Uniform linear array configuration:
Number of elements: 24
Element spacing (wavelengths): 0.5
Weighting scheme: exponential
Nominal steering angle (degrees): -30
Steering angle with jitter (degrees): -28.667
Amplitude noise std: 0.05
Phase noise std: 0.05

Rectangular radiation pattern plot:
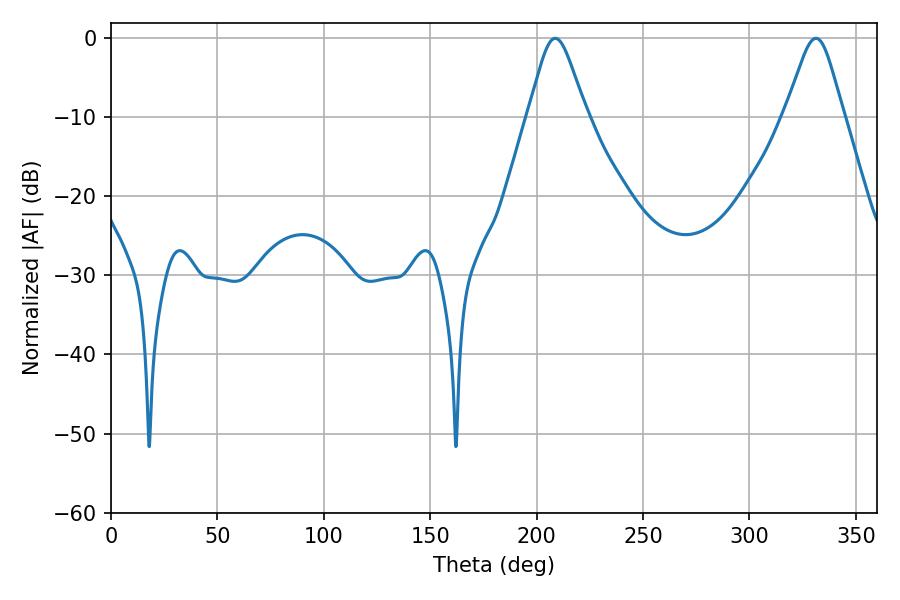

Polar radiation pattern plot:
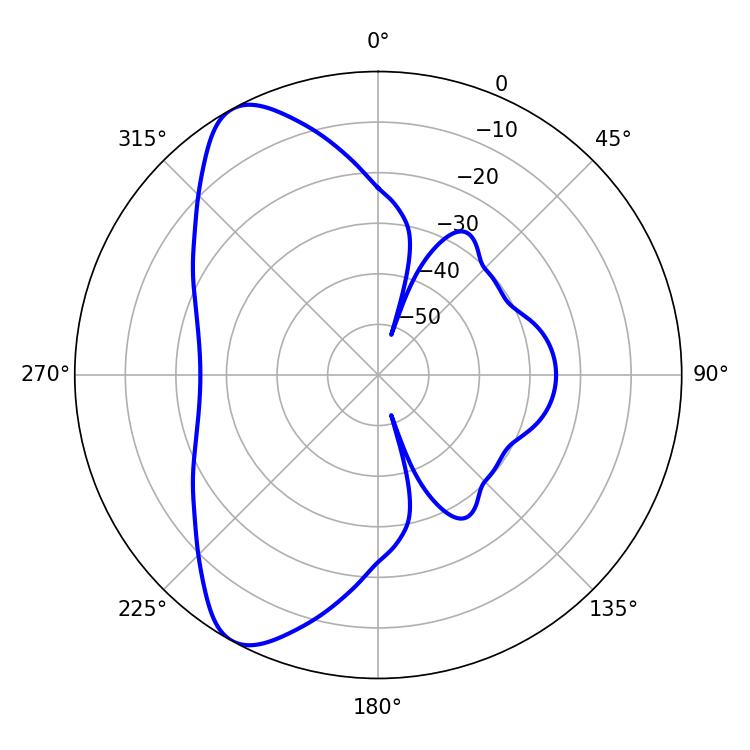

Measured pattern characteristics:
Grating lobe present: FALSE
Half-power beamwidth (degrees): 13.32
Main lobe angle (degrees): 208.8